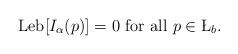
LaTeX: \begin{align*}\mathrm{Leb}[I_\alpha(p)]=0\textrm{ for all }p\in\L_b.\end{align*}